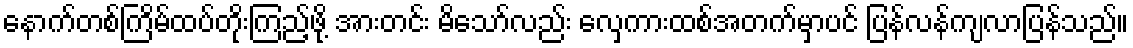
နောက်တစ်ကြိမ်ထပ်တိုးကြည့်ဖို့ အားတင်း မိသော်လည်း လှေကားထစ်အတက်မှာပင် ပြန်လန်ကျလာပြန်သည်။